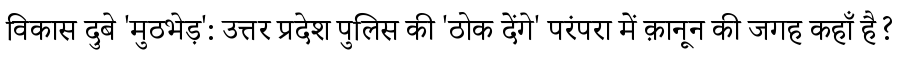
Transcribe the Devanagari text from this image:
विकास दुबे 'मुठभेड़': उत्तर प्रदेश पुलिस की 'ठोक देंगे' परंपरा में क़ानून की जगह कहाँ है?